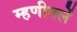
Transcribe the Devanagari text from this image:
म्हणीतलें